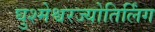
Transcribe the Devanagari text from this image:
घुश्मेश्वरज्योतिर्लिंग